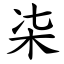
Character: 㭍